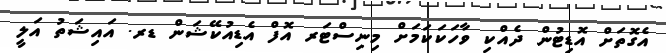
އެގޮތަށް އޮޑިޓުން ދެއްކި ވާހަކަކަމަށް މިނިސްޓަރ އޮފް އެޑިއުކޭޝަން ޑރ. އައިޝަތު އަލީ